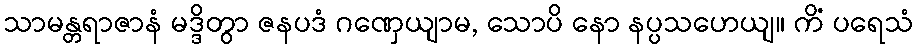
သာမန္တရာဇာနံ မဒ္ဒိတွာ ဇနပဒံ ဂဏှေယျာမ, သောပိ နော နပ္ပသဟေယျ။ ကိံ ပရေသံ